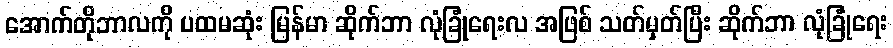
အောက်တိုဘာလကို ပထမဆုံး မြန်မာ ဆိုက်ဘာ လုံခြုံရေးလ အဖြစ် သတ်မှတ်ပြီး ဆိုက်ဘာ လုံခြုံရေး